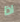
اذا